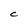
Character: C